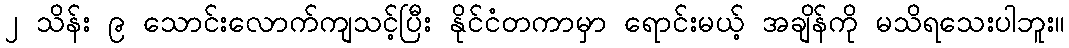
၂ သိန်း ၉ သောင်းလောက်ကျသင့်ပြီး နိုင်ငံတကာမှာ ရောင်းမယ့် အချိန်ကို မသိရသေးပါဘူး။